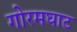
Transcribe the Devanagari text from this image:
गोरमघाट